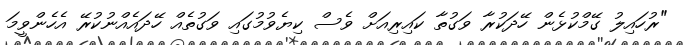
"ރުހައިލު ގޭމްކުޅެން ހޭދަކުރާ ވަގުތާ ކައިރިއަށް ވެސް ކިޔެވުމުގައި ވަގުތެއް ހޭދައެއްނުކުރޭ އެހެންވީމަ